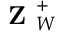
\textbf { Z } _ { W } ^ { + }